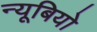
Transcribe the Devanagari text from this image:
न्यूबियो